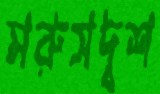
মরুসদৃশ